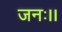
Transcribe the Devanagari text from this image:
जनः।।